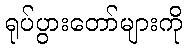
ရုပ်ပွားတော်များကို